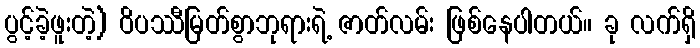
ပွင့်ခဲ့ဖူးတဲ့) ဝိပဿီမြတ်စွာဘုရားရဲ့ ဇာတ်လမ်း ဖြစ်နေပါတယ်။ ခု လက်ရှိ